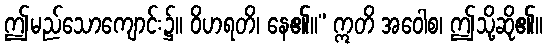
ဤမည်သောကျောင်း၌။ ဝိဟရတိ၊ နေ၏။” ဣတိ အဝေါစ၊ ဤသို့ဆို၏။